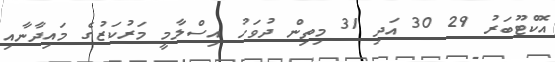
އޮކްޓޫބަރު 29 30 އަދި 31 މިތިން ދުވަހު އިސްލާމީ މަރުކަޒުގެ މައިދާނާއި